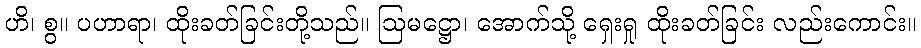
ဟိ၊ စွ။ ပဟာရာ၊ ထိုးခတ်ခြင်းတို့သည်။ ဩမဋ္ဌော၊ အောက်သို့ ရှေးရှု ထိုးခတ်ခြင်း လည်းကောင်း။